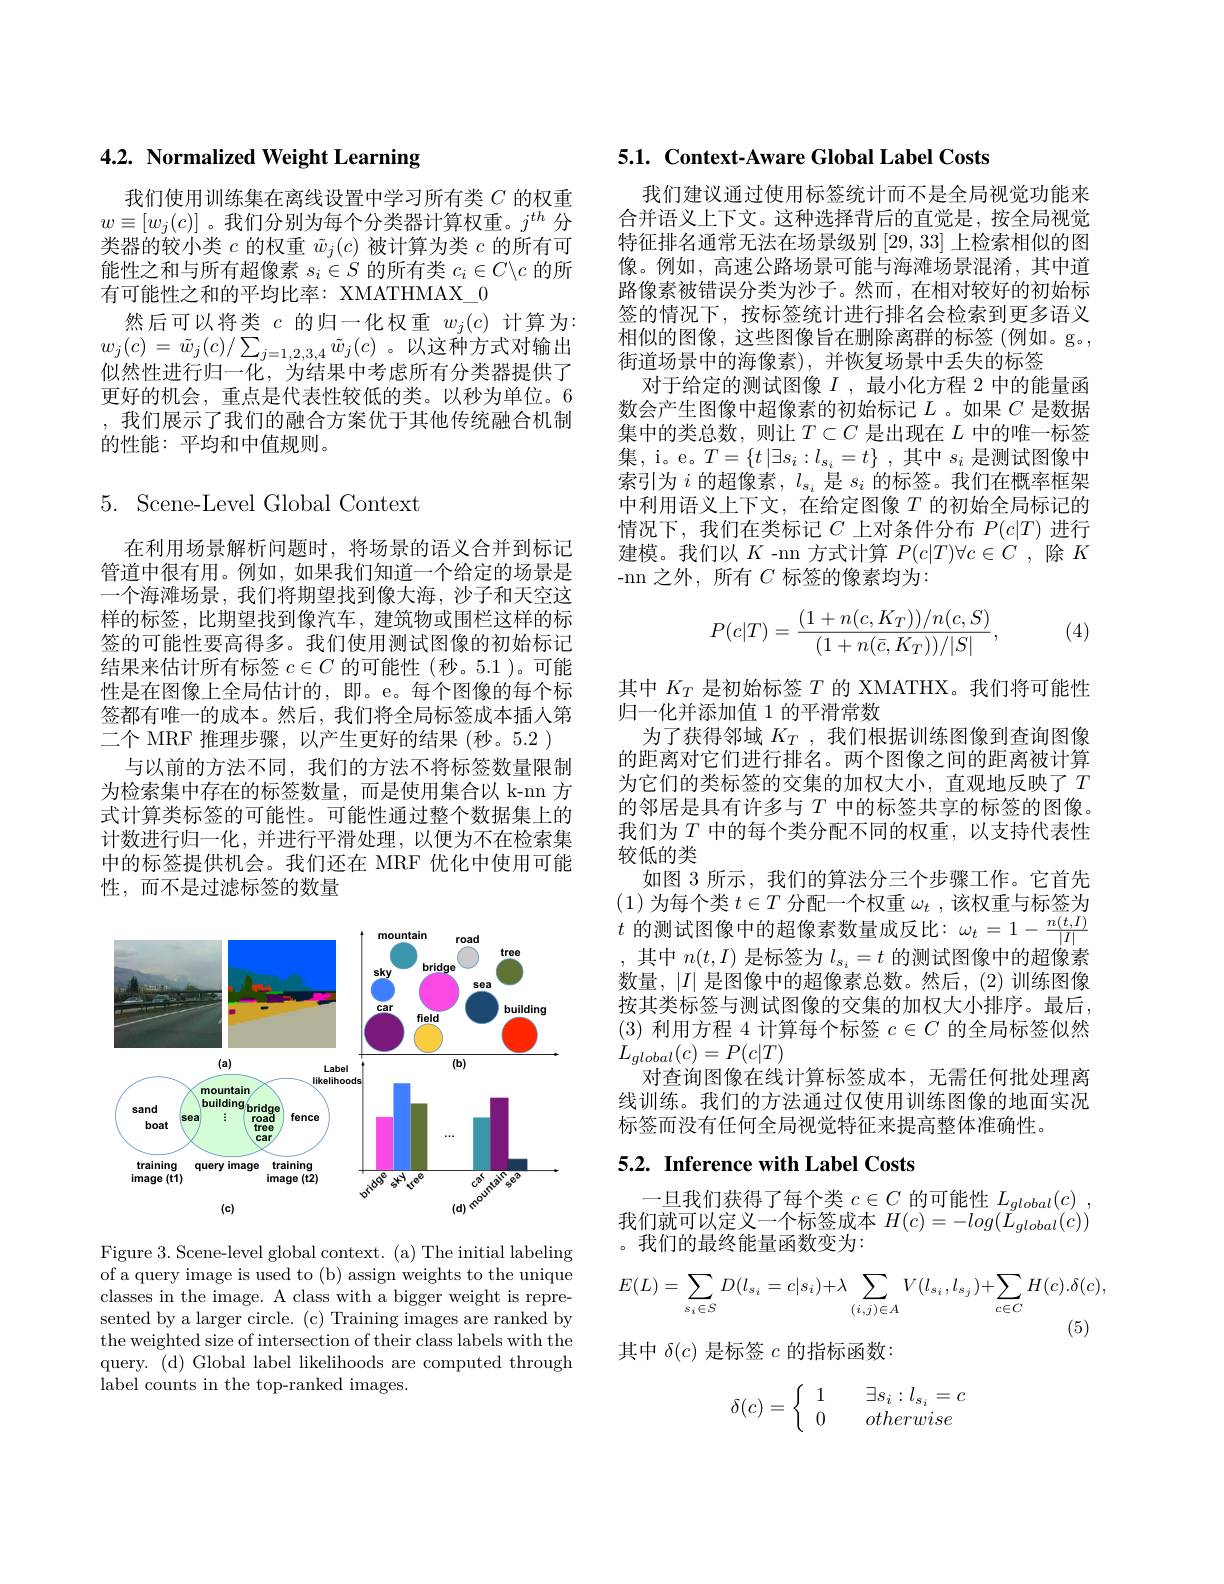
# 4.2. Normalized Weight Learning

我们使用训练集在离线设置中学习所有类$C$的权重$w\equiv[w_j(c)]$ 。我们分别为每个分类器计算权重。$j^th$分类器的较小类$c$的权重$\tilde{w}_j(c)$被计算为类$c$的所有可能性之和与所有超像素$s_i\in S$的所有类$c_i\in C\backslash c$的所有可能性之和的平均比率：XMATHMAX\_0
然后可以将类$c$的归一化权重$w_j(c)$计算为： $w_{j}(c)=\tilde{w}_{j}(c)/\sum_{j=1,2,3,4}\tilde{w}_{j}(c)$。以这种方式对输出似然性进行归一化，为结果中考虑所有分类器提供了更好的机会，重点是代表性较低的类。以秒为单位。6 , 我们展示了我们的融合方案优于其他传统融合机制的性能：平均和中值规则。

## 5. Scene-Level Global Context

在利用场景解析问题时，将场景的语义合并到标记管道中很有用。例如，如果我们知道一个给定的场景是一个海滩场景，我们将期望找到像大海，沙子和天空这样的标签，比期望找到像汽车，建筑物或围栏这样的标签的可能性要高得多。我们使用测试图像的初始标记结果来估计所有标签$c\in C$的可能性(秒。5.1)。可能性是在图像上全局估计的，即。e。每个图像的每个标签都有唯一的成本。然后，我们将全局标签成本插人第二个 MRF 推理步骤，以产生更好的结果 (秒。5.2 )
与以前的方法不同，我们的方法不将标签数量限制为检索集中存在的标签数量，而是使用集合以 k-nn 方式计算类标签的可能性。可能性通过整个数据集上的计数进行归一化，并进行平滑处理，以便为不在检索集中的标签提供机会。我们还在 MRF 优化中使用可能性，而不是过滤标签的数量

<FigureHere>

Figure 3. Scene-level global context. (a) The initial labeling of a query image is used to (b) assign weights to the unique classes in the image. A class with a bigger weight is represented by a larger circle. (c) Training images are ranked by the weighted size of intersection of their class labels with the query. (d) Global label likelihoods are computed through label counts in the top-ranked images.

5.1. Context-Aware Global Label Costs

我们建议通过使用标签统计而不是全局视觉功能来合并语义上下文。这种选择背后的直觉是，按全局视觉特征排名通常无法在场景级别[29,33]上检索相似的图像。例如，高速公路场景可能与海滩场景混淆，其中道路像素被错误分类为沙子。然而，在相对较好的初始标签的情况下，按标签统计进行排名会检索到更多语义相似的图像，这些图像旨在删除离群的标签(例如。g。, 街道场景中的海像素),并恢复场景中丢失的标签
对于给定的测试图像$I$ ,最小化方程 2 中的能量函数会产生图像中超像素的初始标记$L$ 。如果$C$是数据集中的类总数，则让$T\subset C$是出现在$L$中的唯一标签集，i。e。$T=\{t\left|\exists s_i:l_{s_i}=t\right\}$,其中 $s_i$ 是测试图像中索引为$i$的超像素，$l_s_i$是$s_i$的标签。我们在概率框架中利用语义上下文，在给定图像$T$的初始全局标记的情况下，我们在类标记$C$上对条件分布$P(c|T)$进行建模。我们以$K$ -nn 方式计算$P(c|T)\forall c\in C$ ,除$K$ -nn 之外，所有$C$标签的像素均为：
$$P(c|T)=\frac{(1+n(c,K_T))/n(c,S)}{(1+n(\bar c,K_T))/|S|},$$
(4)

其中$K_T$是初始标签$T$的 XMATHX。我们将可能性
归一化并添加值 1 的平滑常数
为了获得邻域$K_T$ ,我们根据训练图像到查询图像的距离对它们进行排名。两个图像之间的距离被计算为它们的类标签的交集的加权大小，直观地反映了$T$ 的邻居是具有许多与$T$中的标签共享的标签的图像。我们为$T$ 中的每个类分配不同的权重，以支持代表性较低的类
如图 3 所示，我们的算法分三个步骤工作。它首先(1)为每个类$t\in T$分配一个权重$\omega_t$,该权重与标签为$t$ 的测试图像中的超像素数量成反比$:\omega_t=1-\frac{n(t,I)}{|I|}$ ,其中$n(t,I)$是标签为$l_s_i=t$的测试图像中的超像素数量，$\left|I\right|$是图像中的超像素总数。然后，$\left(2\right)$训练图像按其类标签与测试图像的交集的加权大小排序。最后， (3)利用方程 4 计算每个标签$c\in C$的全局标签似然$L_{global}(c)=P(c|T)$
对查询图像在线计算标签成本，无需任何批处理离线训练。我们的方法通过仅使用训练图像的地面实况标签而没有任何全局视觉特征来提高整体准确性。

## 5.2. Inference with Label Costs

-旦我们获得了每个类$c\in C$的可能性$L_global( c)$ , 我们就可以定义一个标签成本$H(c)=-log(\tilde{L}_{global}(c))$ 。我们的最终能量函数变为：
$$E(L)=\sum_{s_i\in S}D(l_{s_i}=c|s_i)+\lambda\sum_{(i,j)\in A}V(l_{s_i},l_{s_j})+\sum_{c\in C}H(c).\delta(c),$$
(5)

其中$\delta(c)$是标签$c$的指标函数：
$$\delta(c)=\left\{\begin{array}{ll}1&\quad\exists s_i:l_{s_i}=c\\0&\quad otherwise\end{array}\right.$$